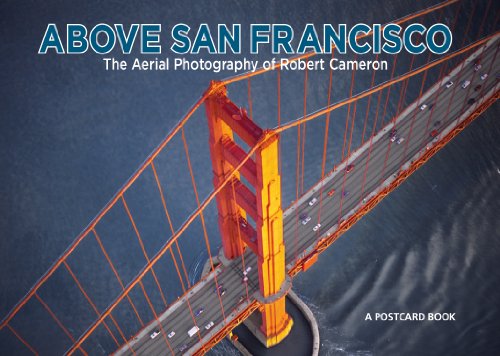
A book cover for Above San Francisco Postcard Book; Arts & Photography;